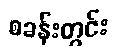
စခန်းတွင်း